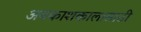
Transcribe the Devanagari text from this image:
अवकाशकालासाठी